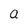
Character: a